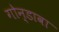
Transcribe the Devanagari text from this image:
गोन्डावा